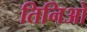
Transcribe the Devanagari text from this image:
तिनिओ